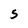
Character: S